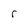
Character: r